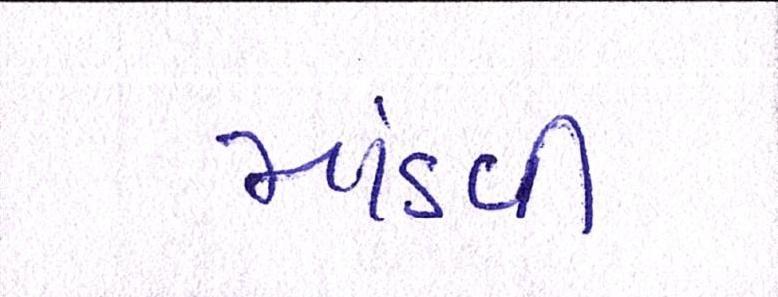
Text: માંડવી